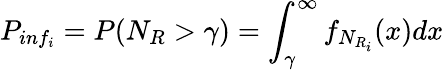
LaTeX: P_{inf_{i}}=P(N_{R}>\gamma)=\int_{\gamma}^{\infty}f_{N_{R_{i}}}(x)dx\,